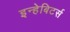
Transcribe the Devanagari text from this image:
इन्हेबिटर्स